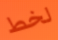
لخط